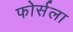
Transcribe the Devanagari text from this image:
फोर्सला